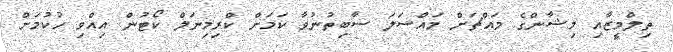
ތިލްމީޒާއި މިޝާންގެ މައްޗަށް މައްސަލަ ސާބިތުނުވާ ކަމަށް ކްރިމިނަލް ކޯޓުން އިއްވި ހުކުމަށް